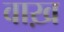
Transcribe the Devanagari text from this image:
वाख़